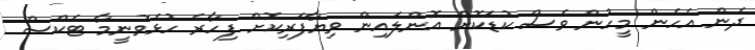
ދެން އެހެން މީހުން ވެސް ކުޑަކޮށް އޮންލައިން ވިޔާފަރިކޮށް ފިހާރެ ހުޅެވުނީމާ ޓެކްސް